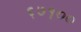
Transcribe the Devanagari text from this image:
६७१००